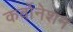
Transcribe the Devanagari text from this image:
कर्बोनेशन